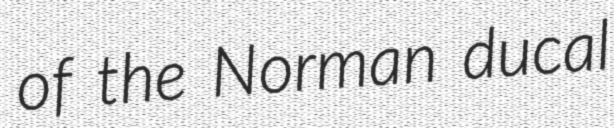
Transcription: of the Norman ducal